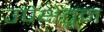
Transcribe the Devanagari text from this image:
उपेक्षेतून